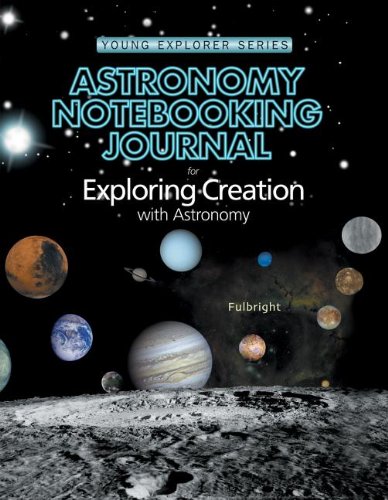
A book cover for Astronomy Notebooking Journal for Exploring Creation with Astronomy; Jeannie Fulbright; Science & Math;